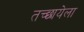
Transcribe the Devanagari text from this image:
तच्छायेला